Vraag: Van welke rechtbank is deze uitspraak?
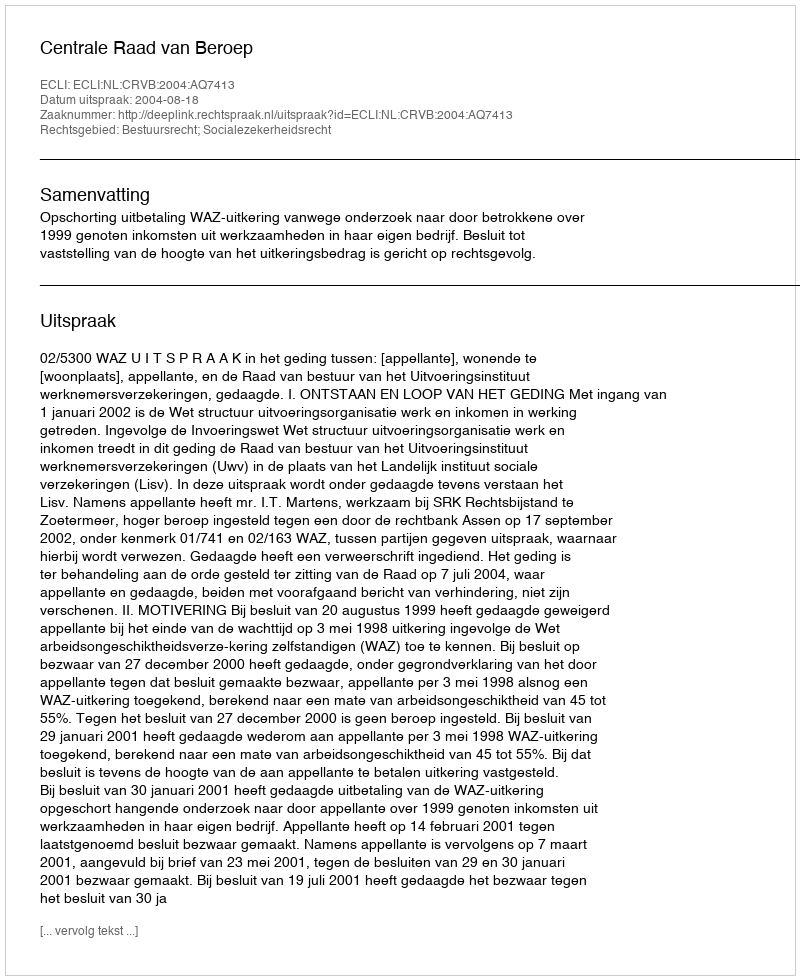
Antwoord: Centrale Raad van Beroep